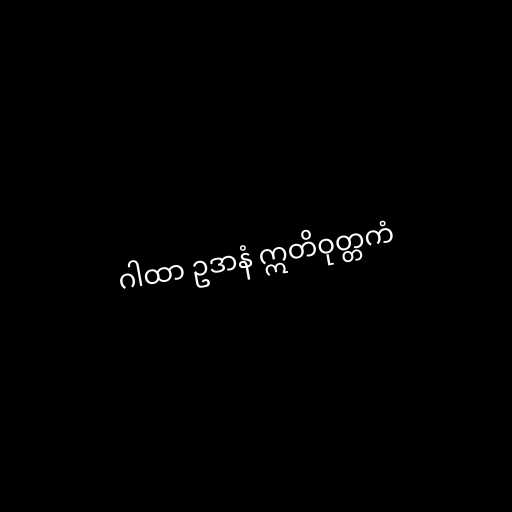
ဂါထာ ဥဒာနံ ဣတိဝုတ္တကံ